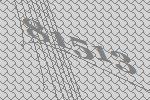
81513